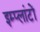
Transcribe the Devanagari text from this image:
इम्प्लांटों